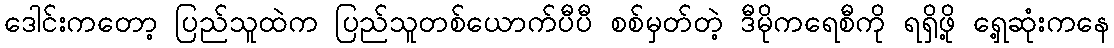
ဒေါင်းကတော့ ပြည်သူထဲက ပြည်သူတစ်ယောက်ပီပီ စစ်မှတ်တဲ့ ဒီမိုကရေစီကို ရရှိဖို့ ရှေ့ဆုံးကနေ